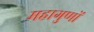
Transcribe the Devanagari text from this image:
महागुणों